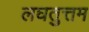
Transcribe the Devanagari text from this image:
लघतुत्तम